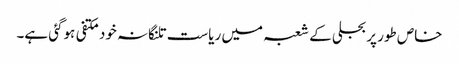
خاص طور پر بجلی کے شعبہ میں ریاست تلنگانہ خود مکتفی ہوگئی ہے۔